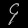
Digit: ၄